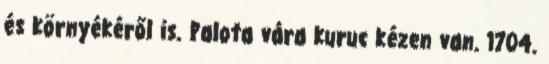
és környékéről is. Palota vára kuruc kézen van. 1704.